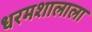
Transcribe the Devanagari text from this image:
धरमशालाला